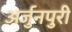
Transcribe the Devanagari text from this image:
अर्जुनपुरी